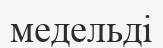
медельді